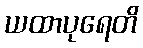
ယထာပုရေတိ